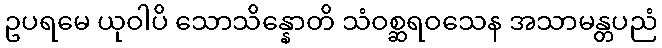
ဥပရမေ ယုဝါပိ သောသိန္နောတိ သံဝစ္ဆရဝသေန အသာမန္တပညံ